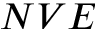
N V E